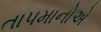
તાપમાનોએ